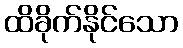
ထိခိုက်နိုင်သော